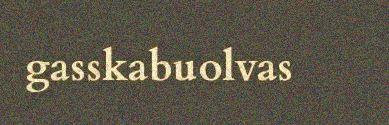
gasskabuolvas